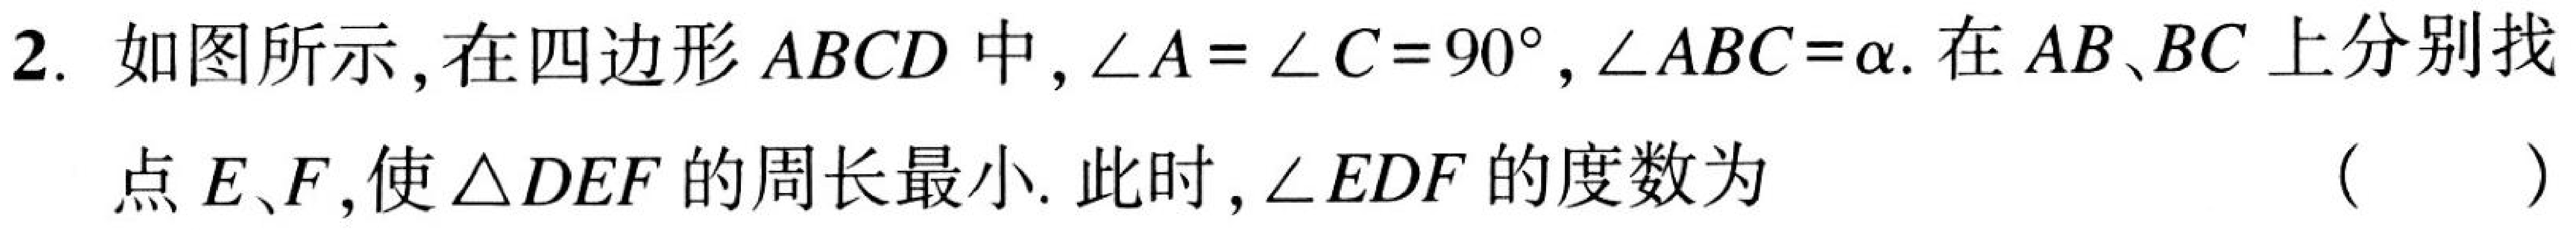
2. 如图所示，在四边形\(ABCD\)中，\(\angle A=\angle C = 90^{\circ}\)，\(\angle ABC=\alpha\). 在\(AB、BC\)上分别找点\(E、F\)，使\(\triangle DEF\)的周长最小. 此时，\(\angle EDF\)的度数为 （  ）